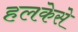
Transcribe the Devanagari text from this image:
हलकेसे